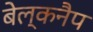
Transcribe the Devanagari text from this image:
बेल्कनैप